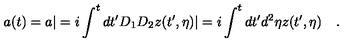
a ( t ) = a | = i \int ^ { t } d t ^ { \prime } D _ { 1 } D _ { 2 } z ( t ^ { \prime } , \eta ) | = i \int ^ { t } d t ^ { \prime } d ^ { 2 } \eta z ( t ^ { \prime } , \eta ) \quad .